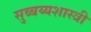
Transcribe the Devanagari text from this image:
सुब्बय्यशास्त्री